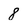
Character: 8